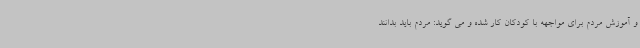
و آموزش مردم برای مواجهه با کودکان کار شده و می گوید: مردم باید بدانند